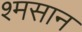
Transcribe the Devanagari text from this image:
श्मसान